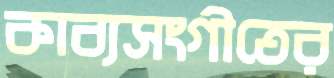
কাব্যসংগীতের